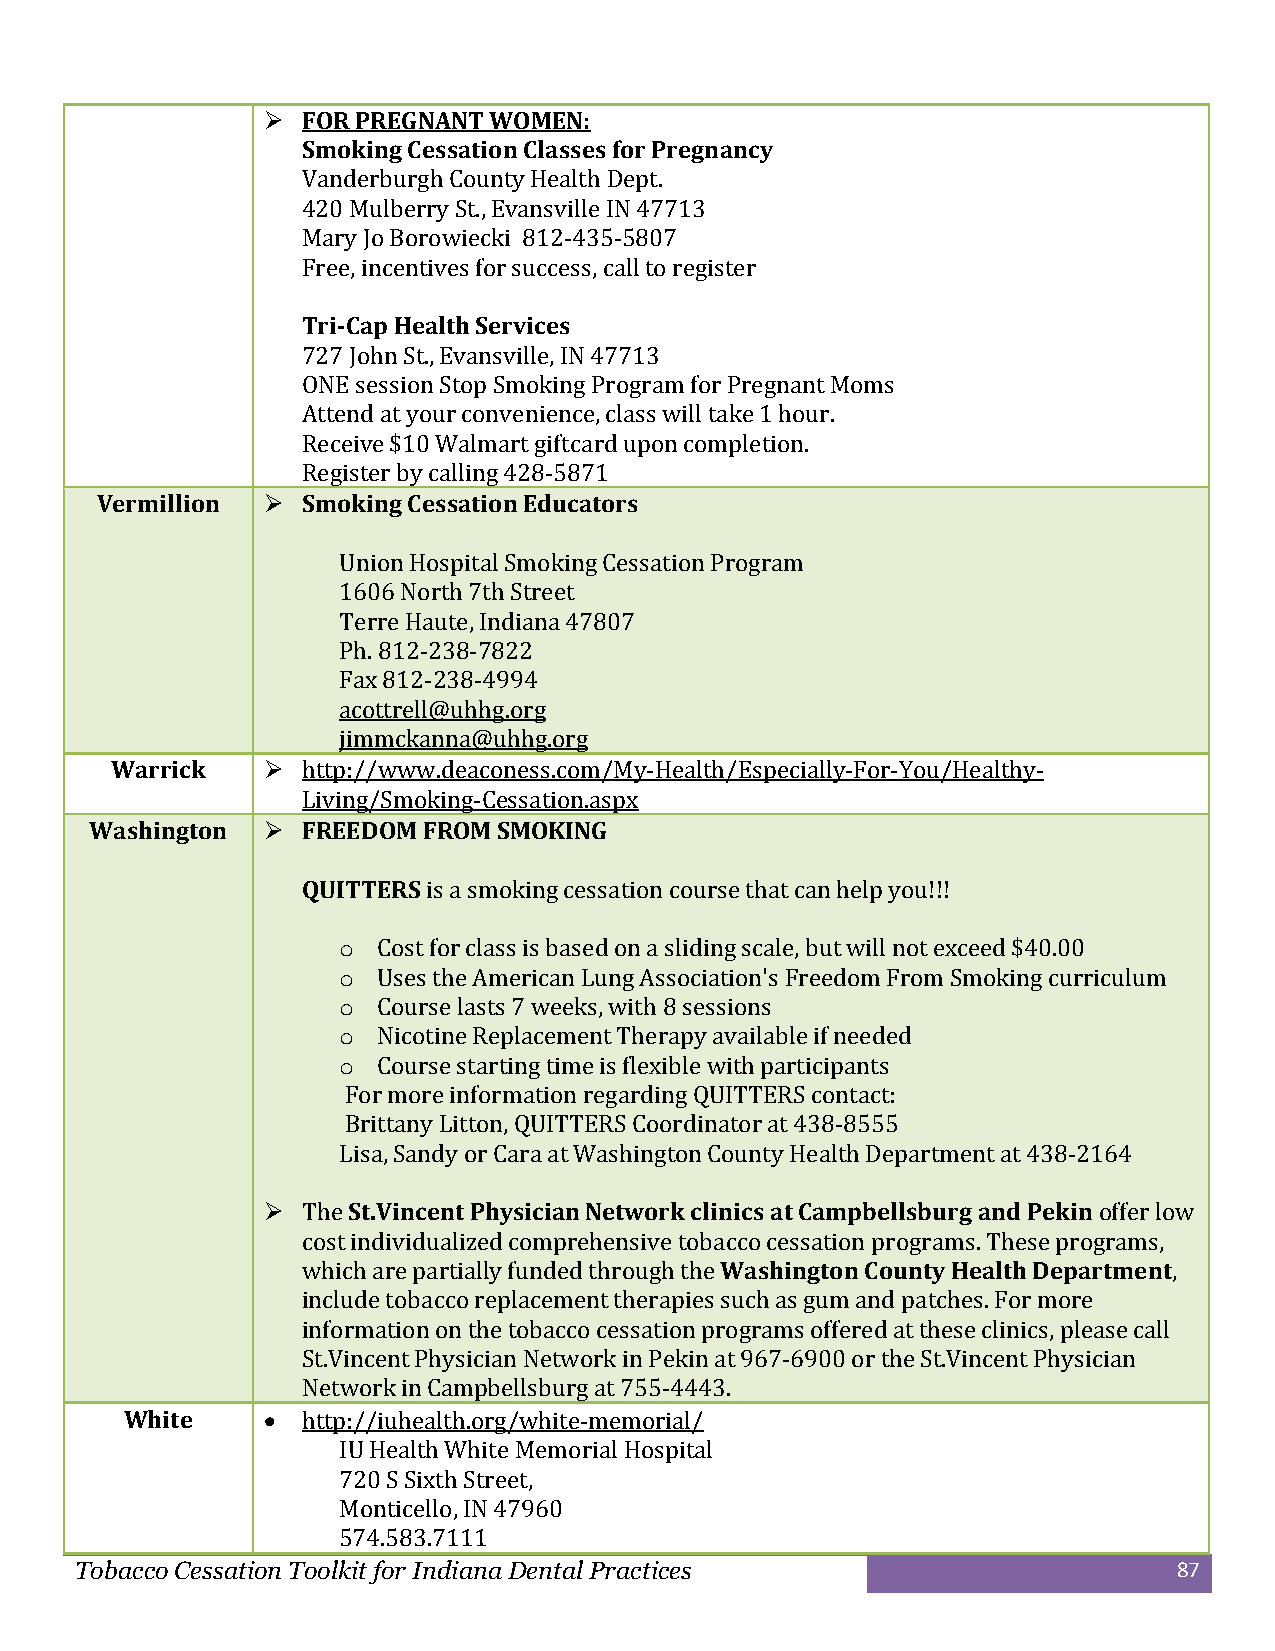
 FOR PREGNANT WOMEN:
 Smoking Cessation Classes for Pregnancy
 Vanderburgh County Health Dept.
 420 Mulberry St., Evansville IN 47713
 Mary Jo Borowiecki 812-435-5807
 Free, incentives for success, call to register
 Tri-Cap Health Services
 727 John St., Evansville, IN 47713
 ONE session Stop Smoking Program for Pregnant Moms
 Attend at your convenience, class will take 1 hour.
 Receive $10 Walmart giftcard upon completion.
 Register by calling 428-5871
 Vermillion   Smoking Cessation Educators
 Union Hospital Smoking Cessation Program
 1606 North 7th Street
 Terre Haute, Indiana 47807
 Ph. 812-238-7822
 Fax 812-238-4994
 acottrell@uhhg.org
 jimmckanna@uhhg.org
 Warrick     http://www.deaconess.com/My-Health/Especially-For-You/Healthy-
 Living/Smoking-Cessation.aspx
 Washington   FREEDOM FROM SMOKING
 QUITTERS is a smoking cessation course that can help you!!!
 o  Cost for class is based on a sliding scale, but will not exceed $40.00
 o  Uses the American Lung Association's Freedom From Smoking curriculum
 o  Course lasts 7 weeks, with 8 sessions
 o  Nicotine Replacement Therapy available if needed
 o  Course starting time is flexible with participants
 For more information regarding QUITTERS contact:
 Brittany Litton, QUITTERS Coordinator at 438-8555
 Lisa, Sandy or Cara at Washington County Health Department at 438-2164
  The St.Vincent Physician Network clinics at Campbellsburg and Pekin offer low
 cost individualized comprehensive tobacco cessation programs. These programs,
 which are partially funded through the Washington County Health Department,
 include tobacco replacement therapies such as gum and patches. For more
 information on the tobacco cessation programs offered at these clinics, please call
 St.Vincent Physician Network in Pekin at 967-6900 or the St.Vincent Physician
 Network in Campbellsburg at 755-4443.
 White      http://iuhealth.org/white-memorial/
 IU Health White Memorial Hospital
 720 S Sixth Street,
 Monticello, IN 47960
 574.583.7111
 Tobacco Cessation Toolkit for Indiana Dental Practices                   87